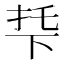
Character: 𬻙